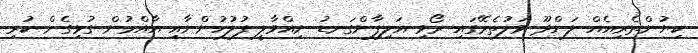
ކިޔުންތެރިއެއް ލަންދޫ ވަލުތެރޭގައި ރޯވި އަލިފާންގަނޑު ނިއްވާލީ ފުލުހުންނާއި އާއްމުން ގުޅިގެން ކުރި